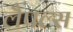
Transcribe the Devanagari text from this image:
लैपल्स